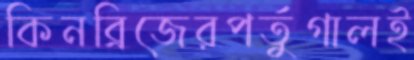
কিনব্রিজেরপর্তুগালই